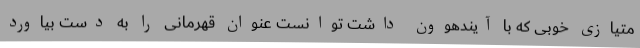
متیازی خوبی که با آیندهوون داشت توانست عنوان قهرمانی را به دست بیاورد